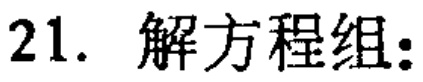
21. 解方程组: